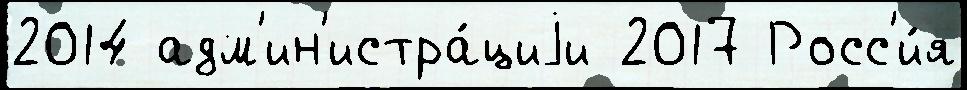
2014 адм'ин'истра́циjи 2017 Росс'и́я